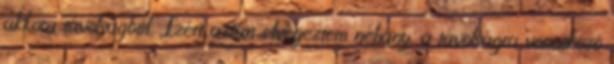
akkora távolságból. „Ezért aztán elvégeztem néhány, a távolságra vonatkozó